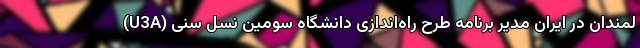
لمندان در ایران مدیر برنامه طرح راه‌اندازی دانشگاه سومین نسل سنی (U3A)